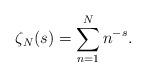
LaTeX: \begin{align*}\zeta_N(s)=\sum_{n=1}^N n^{-s}.\end{align*}